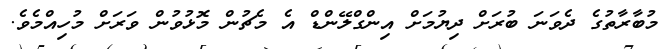
މުބާރާތުގެ ދެވަނަ ބުރަށް ދިޔުމަށް އިންގްލޭންޑް އެ މެޗުން މޮޅުވުން ވަރަށް މުހިއްމެވެ.